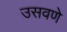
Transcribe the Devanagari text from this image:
उसवणे